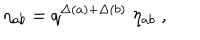
LaTeX: \eta _ { a b } = q ^ { \Delta ( a ) + \Delta ( b ) } \; \eta _ { a b } \; ,